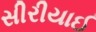
સીરીયાઈ